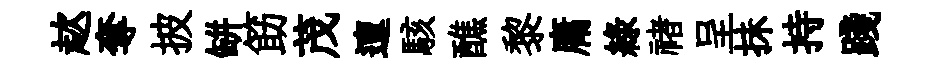
趑奪披缾筯茂邅駭醮黎庸綠禇呈抺持踐